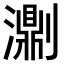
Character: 𤂄